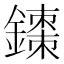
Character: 𫓇